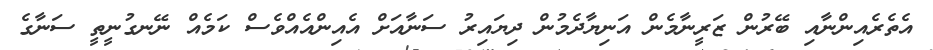
އެތެރެއިންނާއި ބޭރުން ޒަރީނާމެން އަނިޔާދެމުން ދިޔައިރު ސަނާއަށް އެއިންއެއްވެސް ކަމެއް ނޭނގުނީތީ ސަނާގެ